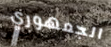
الجمهوري